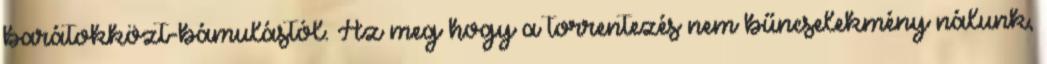
barátokközt-bámulástól. Az meg hogy a torrentezés nem bűncselekmény nálunk,